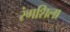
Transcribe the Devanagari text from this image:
रंगशिला